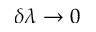
\delta \lambda \rightarrow 0